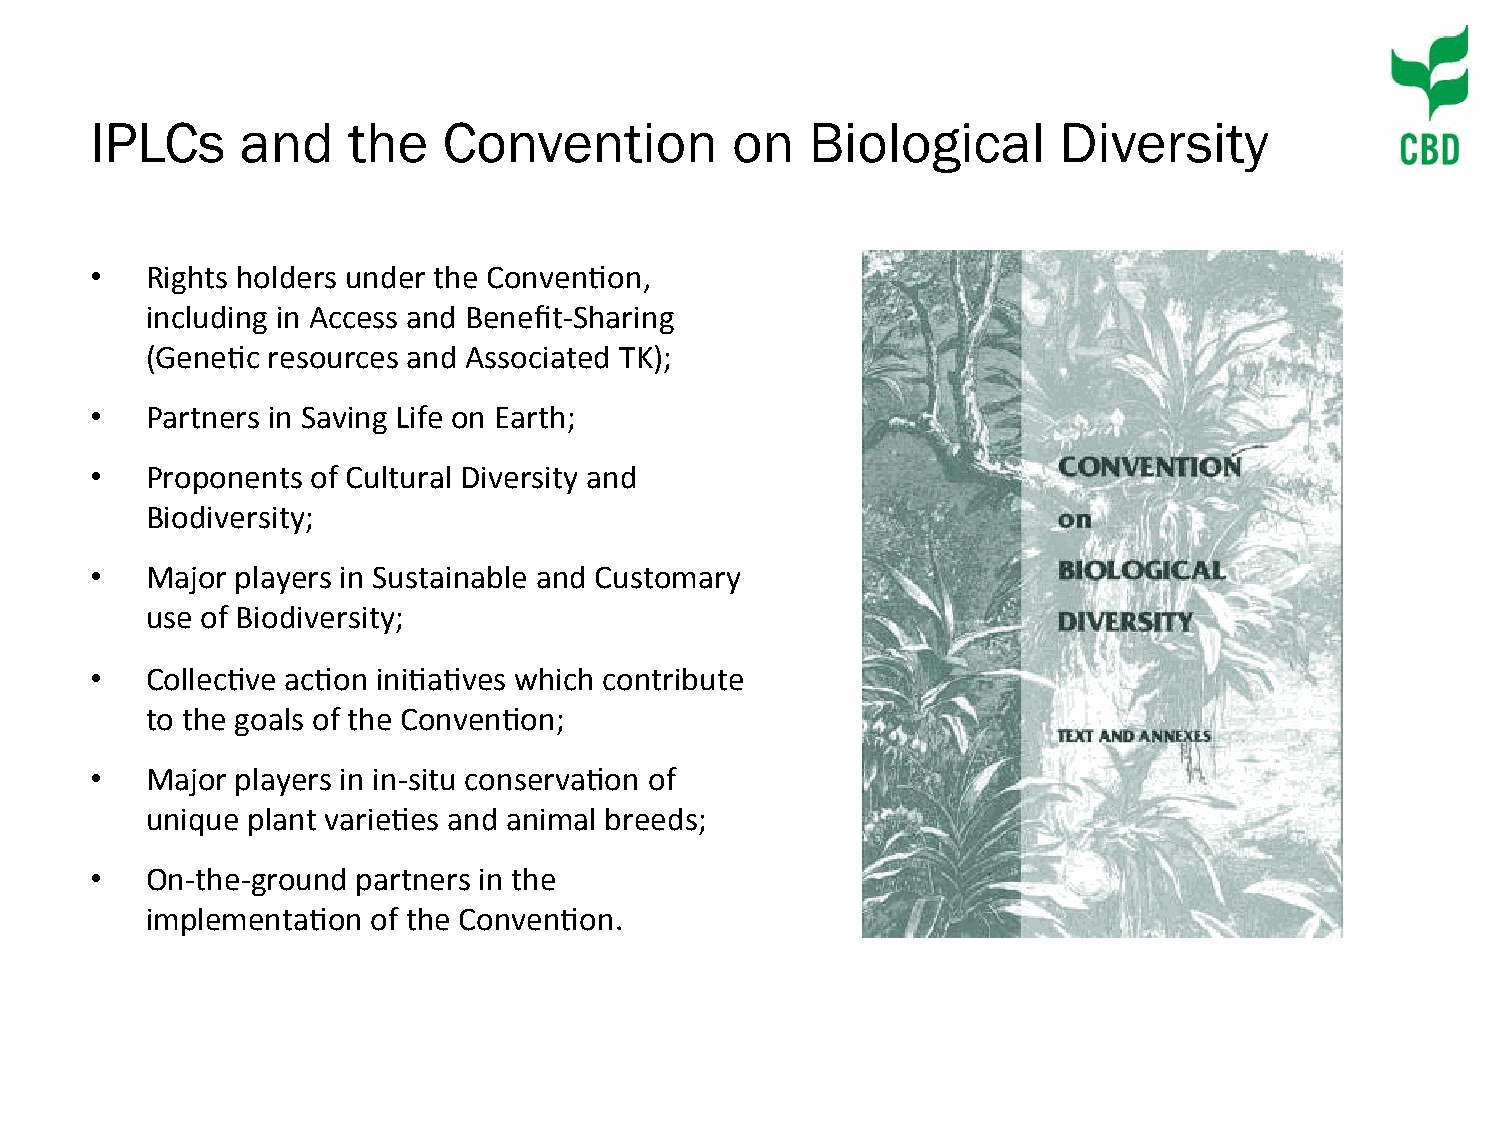
IPLCs     and    the   Convention         on    Biological      Diversity
 •   Rights holders under the Conven)on,
 including in Access and Benefit-­‐Sharing
 (Gene)c resources and Associated TK);
 •   Partners in Saving Life on Earth;
 •   Proponents of Cultural Diversity and
 Biodiversity;
 •   Major players in Sustainable and Customary
 use of Biodiversity;
 •   Collec)ve ac)on ini)a)ves which contribute
 to the goals of the Conven)on;
 •   Major players in in-­‐situ conserva)on of
 unique plant varie)es and animal breeds;
 •   On-­‐the-­‐ground partners in the
 implementa)on  of the Conven)on.